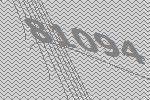
81094